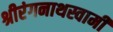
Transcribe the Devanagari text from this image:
श्रीरंगनाथस्वामी